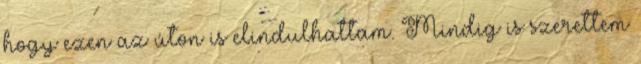
hogy ezen az úton is elindulhattam. Mindig is szerettem